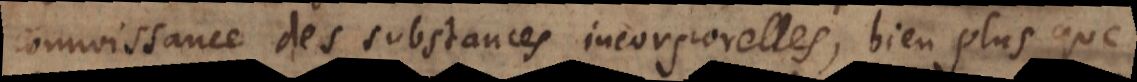
connoissance des substances incorporelles, bien plus que